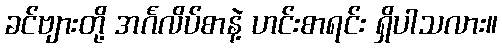
ခင်ဗျားတို့ အင်္ဂလိပ်စာနဲ့ ဟင်းစာရင်း ရှိပါသလား။